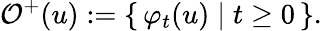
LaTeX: \mathcal{O}^{+}(u):=\left\{ \, \varphi_{t}(u)\; \vert\; t\geq 0\, \right\} .